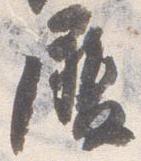
履